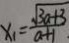
x _ { 1 } = \frac { \sqrt { 3 a + 3 } } { a + 1 }